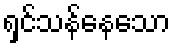
ရှင်သန်နေသော